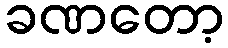
ခဏတော့